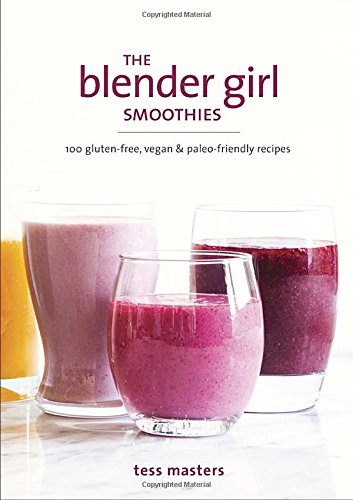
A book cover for The Blender Girl Smoothies: 100 Gluten-Free, Vegan, and Paleo-Friendly Recipes; Tess Masters; Cookbooks, Food & Wine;